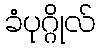
ခံပုဂ္ဂိုလ်